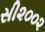
સી૨૦૦૨